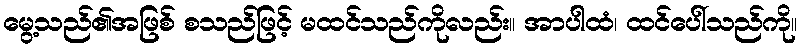
မွေ့သည်၏အဖြစ် စသည်ဖြင့် မထင်သည်ကိုလည်း။ အာပါထံ၊ ထင်ပေါ်သည်ကို။